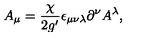
A _ { \mu } = \frac { \chi } { 2 g ^ { \prime } } \epsilon _ { \mu \nu \lambda } \partial ^ { \nu } A ^ { \lambda } ,